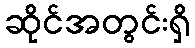
ဆိုင်အတွင်းရှိ